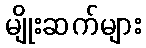
မျိုးဆက်များ